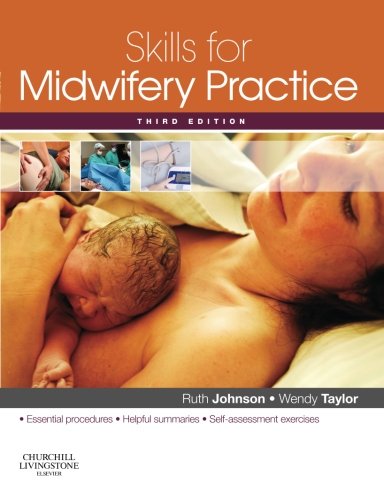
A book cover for Skills for Midwifery Practice, 3e; Ruth Johnson (see Ruth Bowen) BA(Hons) RGN RM; Medical Books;